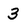
Character: 3